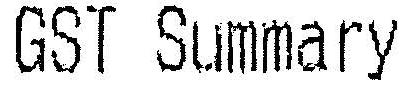
GST SUMMARY